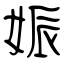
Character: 娠